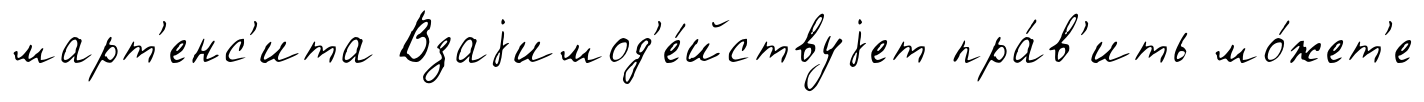
март'енс'ита Взаjимод'е́йствуjет пра́в'ить мо́жет'е